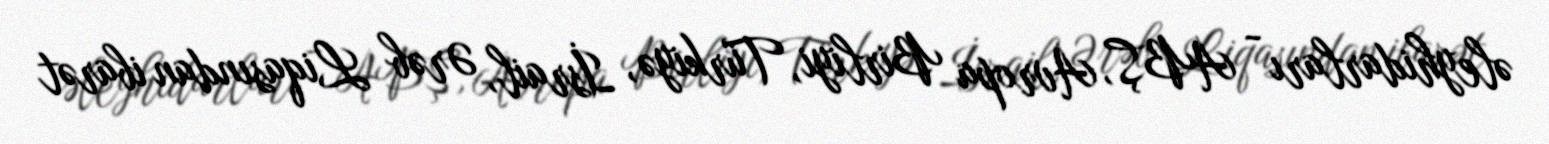
əleyhidarları - ABŞ, Avropa Birliyi, Türkiyə, İsrail, Ərəb Liqasından ibarət